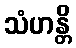
သံဟန္တိ